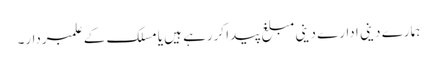
ہمارے دینی ادارے دینی مبلغ پیدا کررہے ہیں یا مسلک کے علمبردار۔